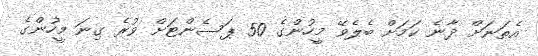
އެތަނަށް ދާނެ ކަމަށް ބެލެވޭ މީހުންގެ 50 ޕަސެންޓަށް ވުރެ ގިނަ މީހުންގެ